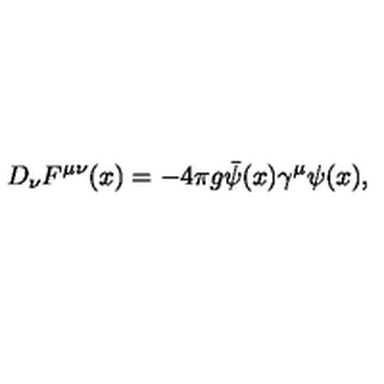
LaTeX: D _ { \nu } F ^ { \mu \nu } ( x ) = - 4 \pi g \bar { \psi } ( x ) \gamma ^ { \mu } \psi ( x ) ,